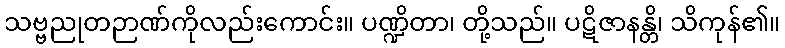
သဗ္ဗညုတဉာဏ်ကိုလည်းကောင်း။ ပဏ္ဍိတာ၊ တို့သည်။ ပဋိဇာနန္တိ၊ သိကုန်၏။